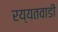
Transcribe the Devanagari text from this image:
रय्यतवाडी